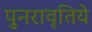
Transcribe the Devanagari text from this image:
पुनरावृतिये